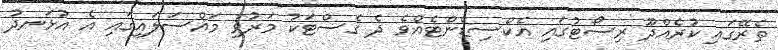
ތެރޭގައި ކުރެއްދޫ ރިސޯޓުގައި އެކްސިޑެންޓެއްވެ ދެ ގެސްޓަކު މަރުވި މައްސަލައިގައި އެ އުޅަނދު